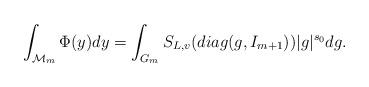
LaTeX: \begin{align*}\int_{\mathcal{M}_m} \Phi(y)dy= \int_{G_m}S_{L,v}(diag(g,I_{m+1}))|g|^{s_0}dg.\end{align*}